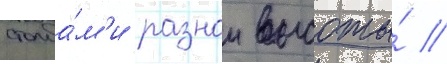
столба́м'и разнои высоты́ //